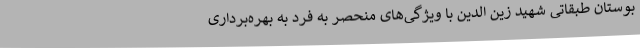
بوستان طبقاتی شهید زین الدین با ویژگی‌های منحصر به فرد به بهره‌برداری